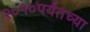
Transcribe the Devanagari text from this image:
२०१०पर्यंतच्या